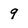
Character: 9